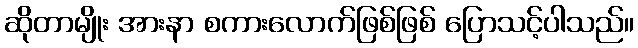
ဆိုတာမျိုး အားနာ စကားလောက်ဖြစ်ဖြစ် ပြောသင့်ပါသည်။